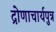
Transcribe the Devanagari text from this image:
द्रोणाचार्यपुत्र